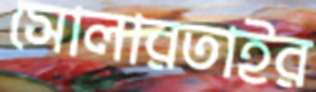
সোলারতাইর